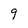
Character: 9